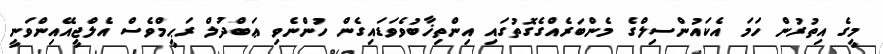
މީގެ އިތުރުން ހަމަ އެކައުންސިލްގެ މެންބަރެއްގެގޮތުގައި އިންތިޚާބުވެވަޑައިގެން ހުންނެވި ޢަބްދުލް ރަޙީމްވެސް އެލްޖީއޭއިންވަނީ